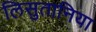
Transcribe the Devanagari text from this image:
लिसुतानिया